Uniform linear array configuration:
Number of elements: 64
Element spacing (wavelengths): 0.25
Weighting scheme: uniform
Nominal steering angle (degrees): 60
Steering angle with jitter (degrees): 60.15
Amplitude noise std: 0.05
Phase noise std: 0.05

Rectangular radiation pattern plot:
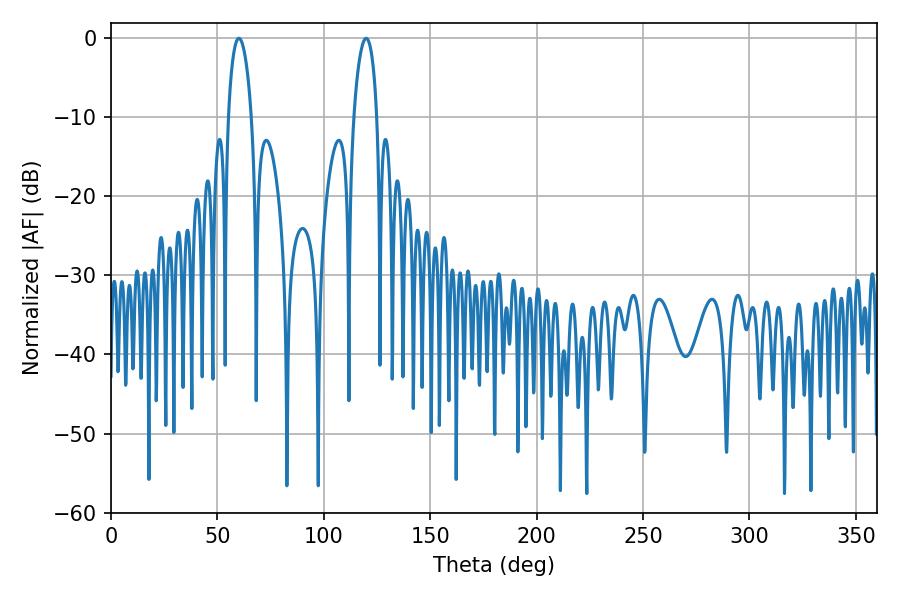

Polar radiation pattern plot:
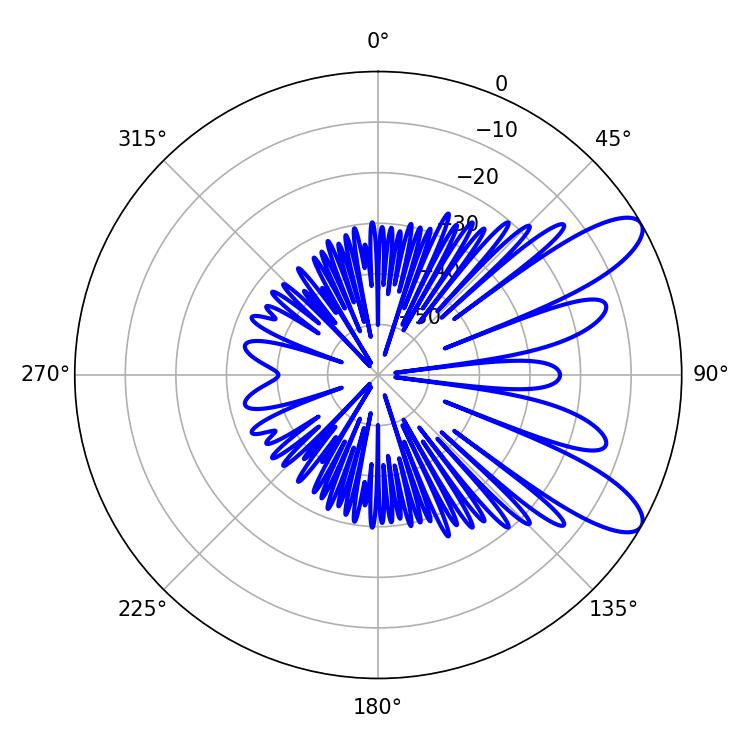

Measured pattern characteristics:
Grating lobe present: FALSE
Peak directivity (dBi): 9.695
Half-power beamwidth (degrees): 6.12
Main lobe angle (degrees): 60.12